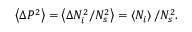
\left\langle \Delta P ^ { 2 } \right\rangle = \left\langle \Delta N _ { i } ^ { 2 } / N _ { s } ^ { 2 } \right\rangle = \left\langle N _ { i } \right\rangle / N _ { s } ^ { 2 } .